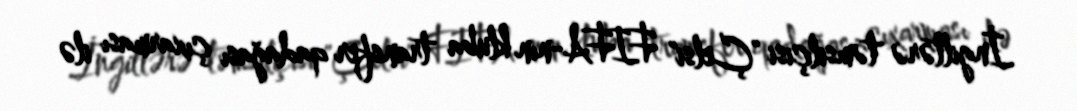
İngiltərə təmsilçisi "Çelsi" FIFA-nın kluba transfer qadağası çıxarması ilə